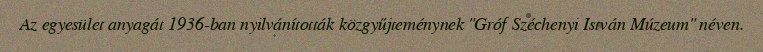
Az egyesület anyagát 1936-ban nyilvánították közgyűjteménynek "Gróf Széchenyi István Múzeum" néven.